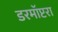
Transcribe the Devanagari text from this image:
डरमॉप्टरा